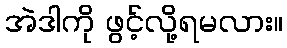
အဲဒါကို ဖွင့်လို့ရမလား။